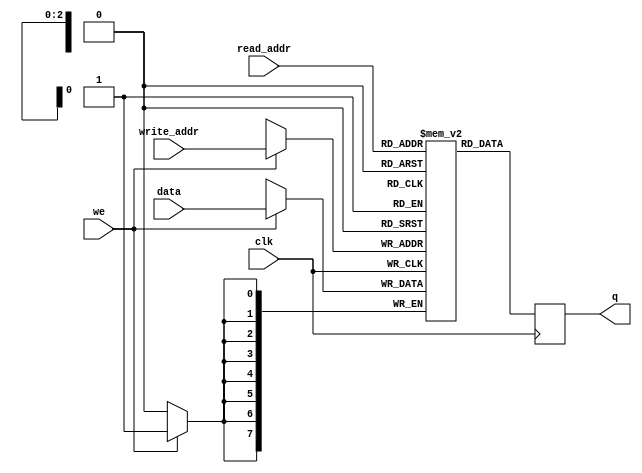
module dpreg 
(
  input      [7:0] data,       //data to be written
  input      [2:0] read_addr,  //address for read operation
  input      [2:0] write_addr, //address for write operation
  input            we,         //write enable signal
  input clk,
  output reg [7:0] q           //read data
);
    
  reg [7:0] ram [7:0]; // ** is exponentiation
    
  always @(posedge clk) begin //WRITE
    if (we) begin 
      ram[write_addr] <= data;
    end
  end
    
  always @(posedge clk) 
  begin //READ
    q <= ram[read_addr];
  end

endmodule